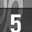
Digit: 5